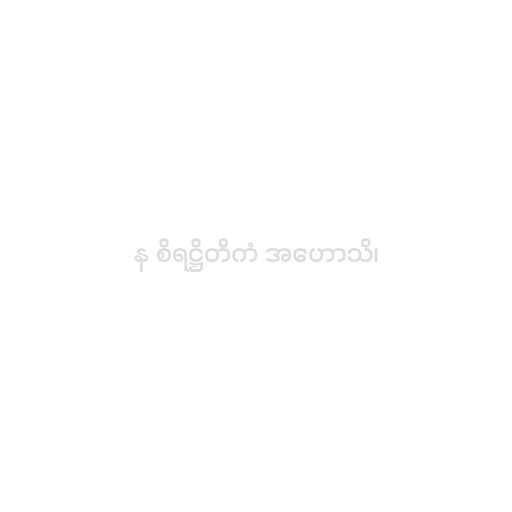
န စိရဋ္ဌိတိကံ အဟောသိ၊